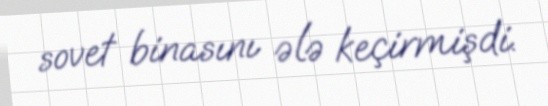
sovet binasını ələ keçirmişdi.